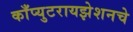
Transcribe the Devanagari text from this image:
काँप्युटरायझेशनचे